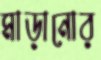
মাড়ানোর